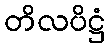
တိလပိဋ္ဌံ